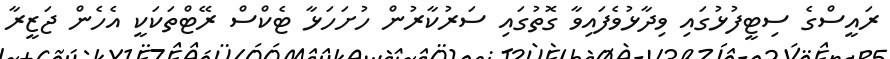
ރައީސްގެ ސިޓީފުޅުގައި ވިދާޅުވެފައިވާ ގޮތުގައި ސަރުކާރުން ހުށަހަޅާ ޓެކްސް ރޭޓްތަކަކީ އެހެން ޖަޒީރާ